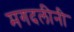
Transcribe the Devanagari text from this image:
मगदलीनी